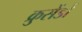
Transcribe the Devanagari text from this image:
क्रुसेंडों